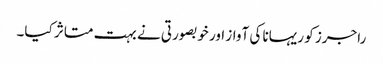
راجرز کو ریہانا کی آواز اور خوبصورتی نے بہت متاثر کیا۔